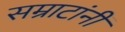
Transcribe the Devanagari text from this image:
सम्राटांनीं